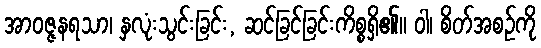
အာဝဇ္ဇနရသာ၊ နှလုံးသွင်းခြင်း, ဆင်ခြင်ခြင်းကိစ္စရှိ၏။ ဝါ၊ စိတ်အစဉ်ကို